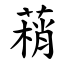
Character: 䔠